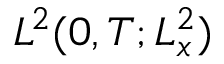
L ^ { 2 } ( 0 , T ; L _ { x } ^ { 2 } )